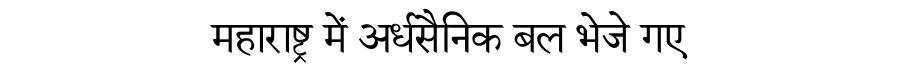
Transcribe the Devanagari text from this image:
महाराष्ट्र में अर्धसैनिक बल भेजे गए